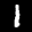
Digit: 1